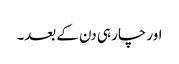
اور چار ہی دن کے بعد۔